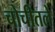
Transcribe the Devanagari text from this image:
चोचीतले